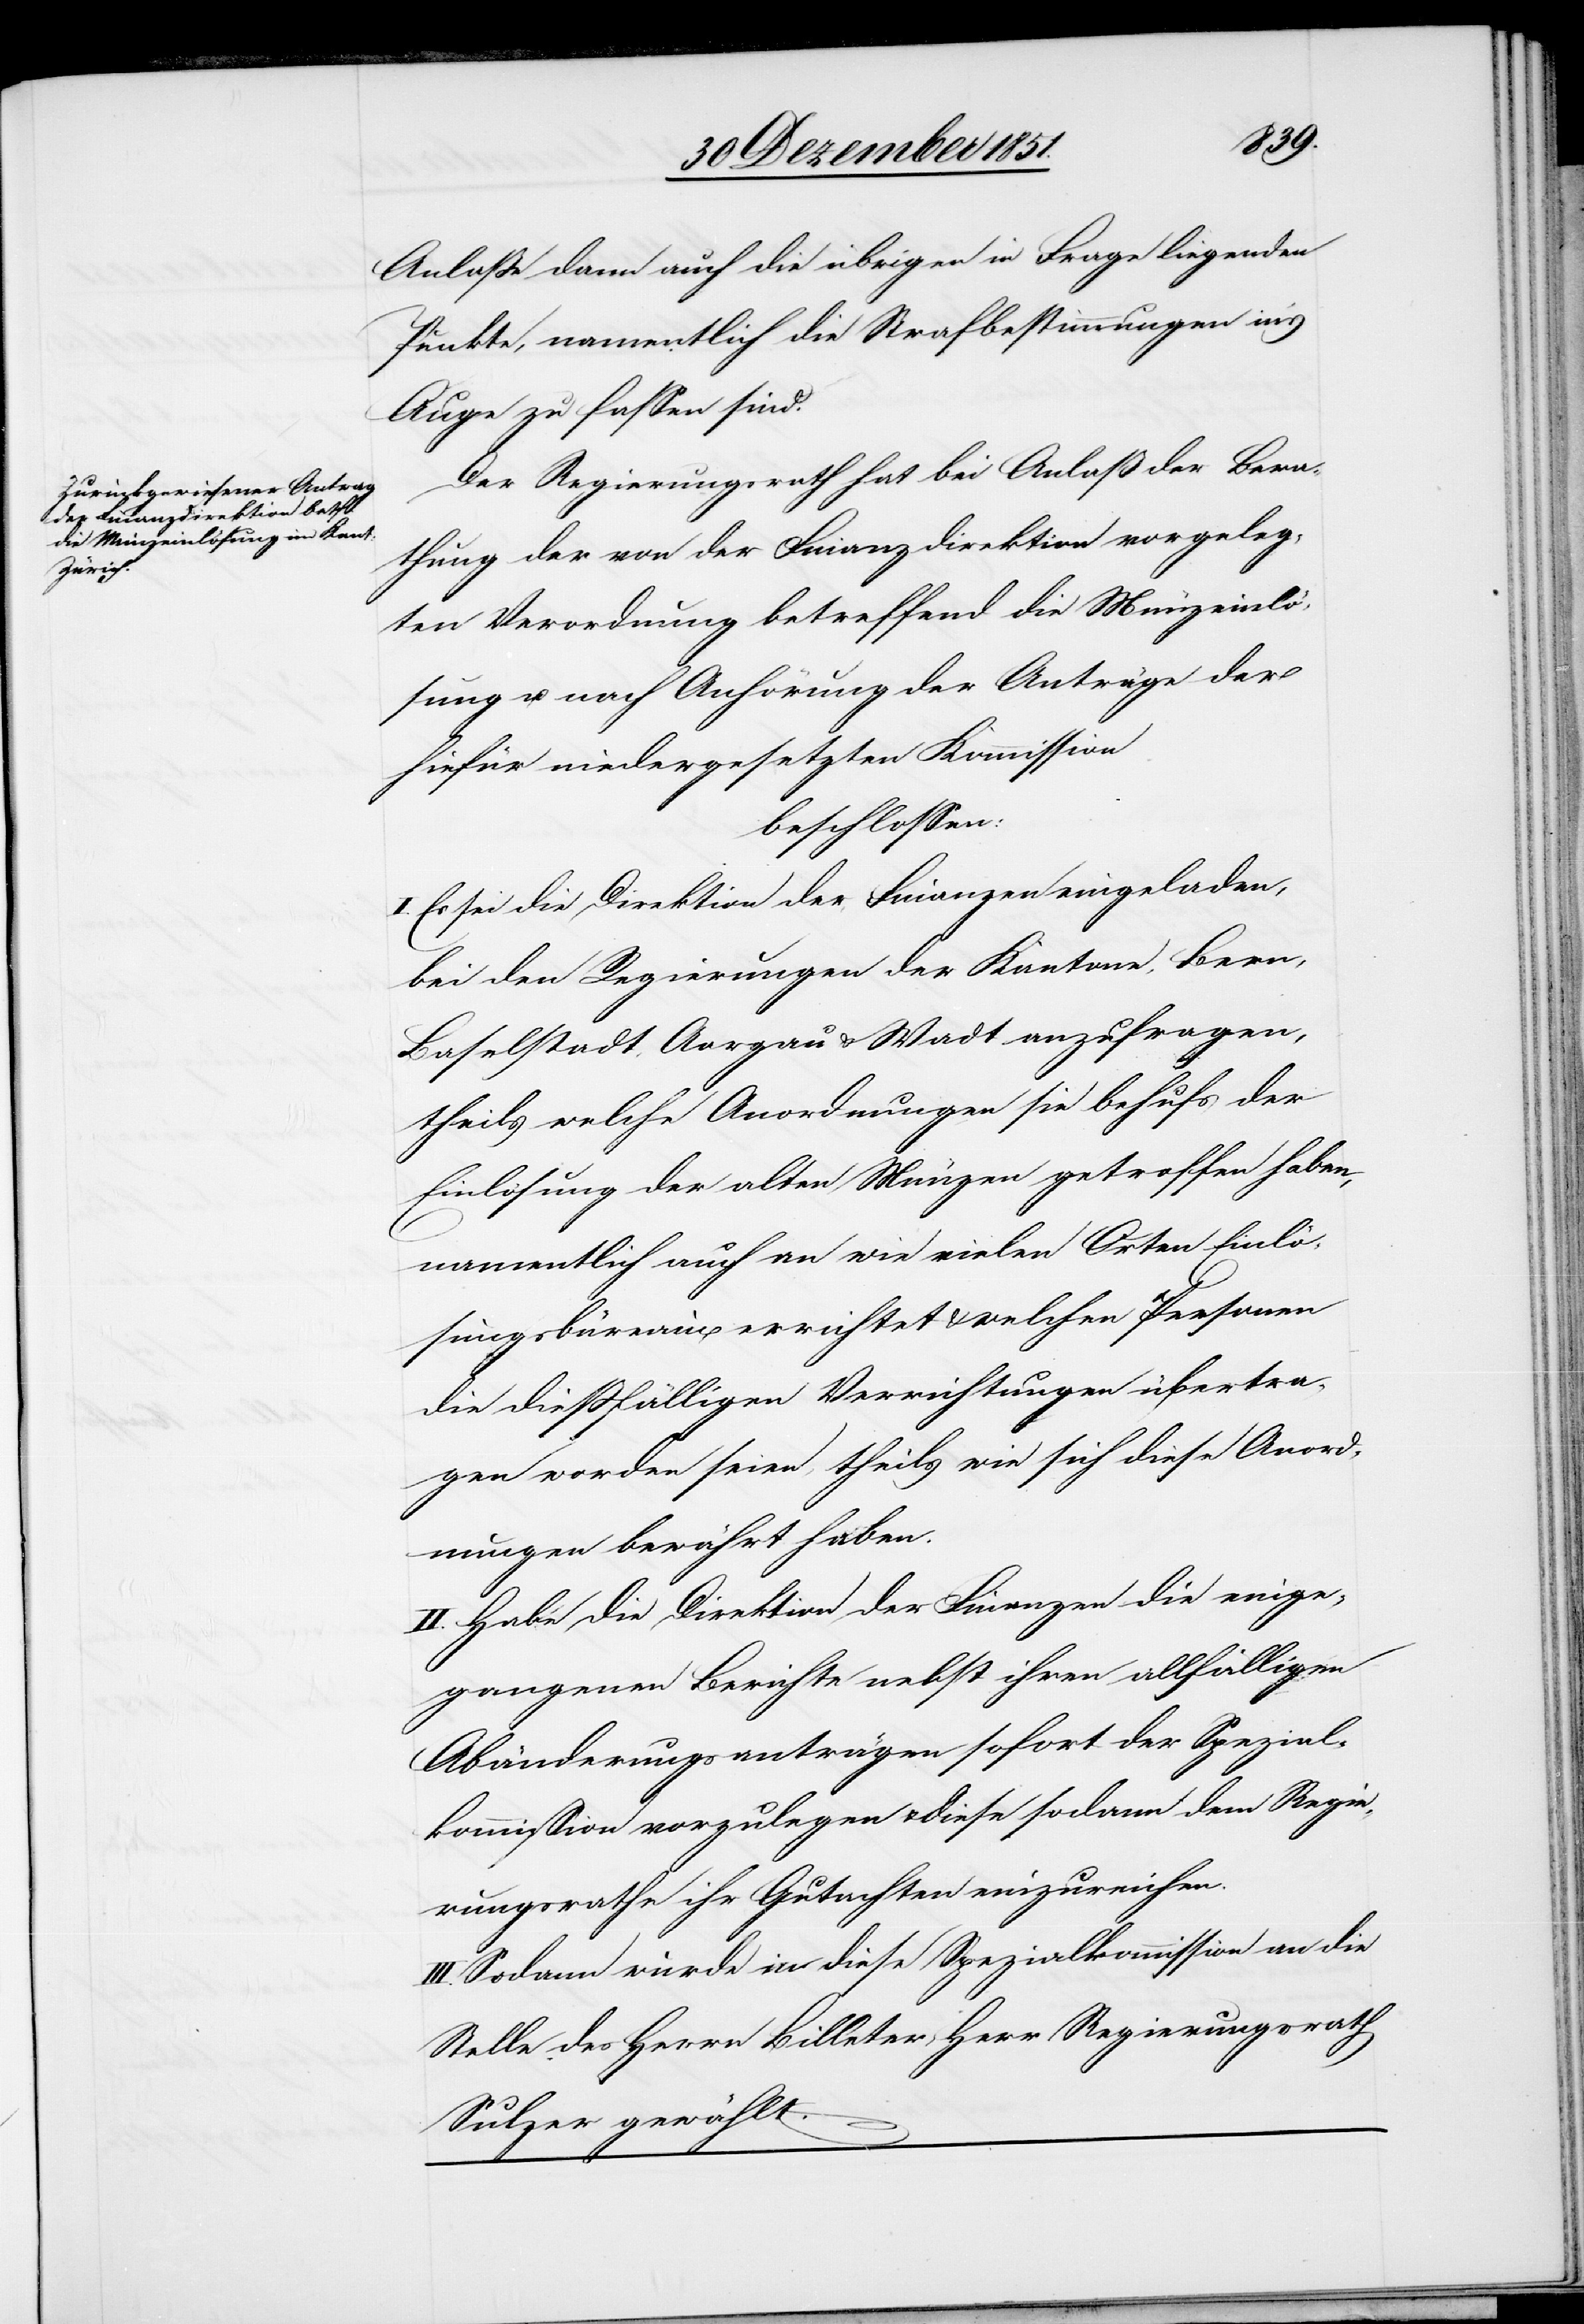
Anlaße dann auch die übrigen in Frage liegenden
Punkte, namentlich die Strafbestimmungen in’s
Auge zu fassen sind.
Der Regierungsrath hat bei Anlaß der Bera¬
thung der von der Finanzdirektion vorgeleg¬
ten Verordnung betreffend die Münzeinlö¬
sung u. nach Anhörung der Anträge der
hiefür niedergesetzten Kommission
beschlossen:
I. Es sei die Direktion der Finanzen eingeladen,
bei den Regierungen der Kantone, Bern,
Baselstadt, Aargau & Wa[a]dt anzufragen,
theils welche Anordnungen sie behufs der
Einlösung der alten Münzen getroffen haben,
namentlich auch an wie vielen Orten Einlö¬
sungsbüreaux errichtet & welchen Personen
die dießfälligen Verrichtungen übertra¬
gen worden seien, theils wie sich diese Anord¬
nungen bewährt haben.
II. Habe die Direktion der Finanzen die einge¬
gangenen Berichte nebst ihren allfälligen
Abänderungsanträgen sofort der Spezial¬
kommission vorzulegen & diese sodann dem Regie¬
rungsrathe ihr Gutachten einzureichen.
III. Sodann wurde in diese Spezialkommission an die
Stelle des Herrn Billeter, Herr Regierungsrath
Sulzer gewählt.